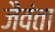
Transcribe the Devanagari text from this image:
जैवंता